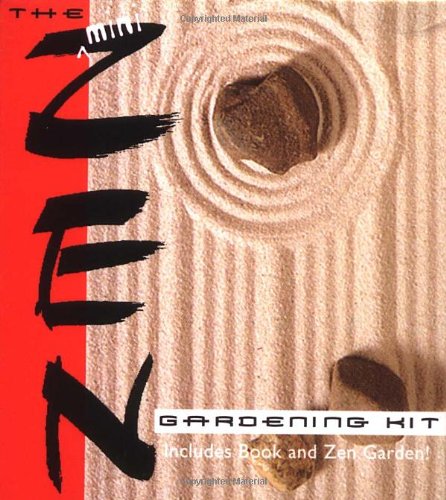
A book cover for The Mini Zen Gardening Kit (Miniature Editions); Abd Al-hayy Moore; Crafts, Hobbies & Home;